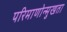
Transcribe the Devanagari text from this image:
परिमाणोन्मुखता